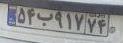
۵۴ب۹۱۷۷۴